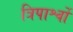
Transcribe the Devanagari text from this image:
त्रिपार्श्वो